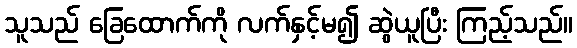
သူသည် ခြေထောက်ကို လက်နှင့်မ၍ ဆွဲယူပြီး ကြည့်သည်။